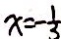
x = - \frac { 1 } { 3 }